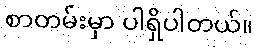
စာတမ်းမှာ ပါရှိပါတယ်။